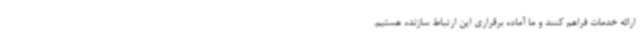
ارائه خدمات فراهم کنند و ما آماده برقراری این ارتباط سازنده هستیم.